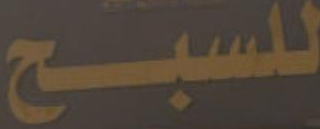
للسبــــح